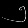
Digit: ၅